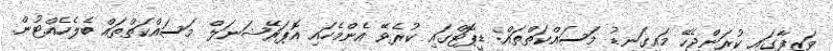
ވަޒީފާގައި ކުރަންޖެހޭ މައިގަނޑު މަސައްކަތްތައް: ޑީޕޮޓްގައި ކުރެވޭ އެންމެހައި އޮޕަރޭޝަނަލް މަސައްކަތްތައް ބެލެހެއްޓުން.